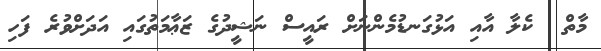
މާތް  ކެލާ އާއި އަޅުގަނޑުމެންނަށް ރައީސް ނަޝީދުގެ ޒަޢާމަތުގައި އަދަށްވުރެ ފަހި